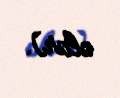
olar).